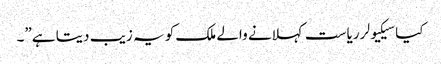
کیا سیکیولر ریاست کہلانے والے ملک کو یہ زیب دیتا ہے”۔